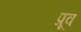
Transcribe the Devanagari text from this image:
प्रूव